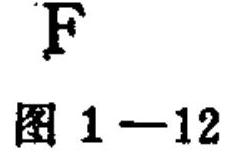
\(F\)
图 \(1 - 12\)